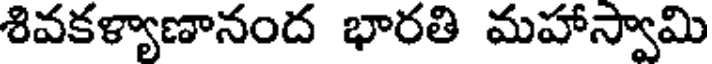
శివకళ్యాణానంద భారతి మహాస్వామి